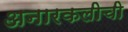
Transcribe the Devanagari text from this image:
अनारकलीची